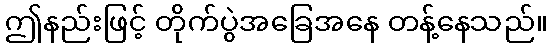
ဤနည်းဖြင့် တိုက်ပွဲအခြေအနေ တန့်နေသည်။